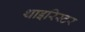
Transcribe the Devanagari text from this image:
थाइरिस्टर